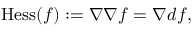
\operatorname { H e s s } ( f ) : = \nabla \nabla f = \nabla d f ,